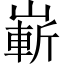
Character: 嶄